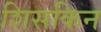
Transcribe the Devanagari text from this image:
शिसकिन